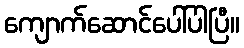
ကျောက်ဆောင်ပေါ်ပါပြီ။